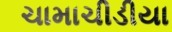
ચામાચીડીયા